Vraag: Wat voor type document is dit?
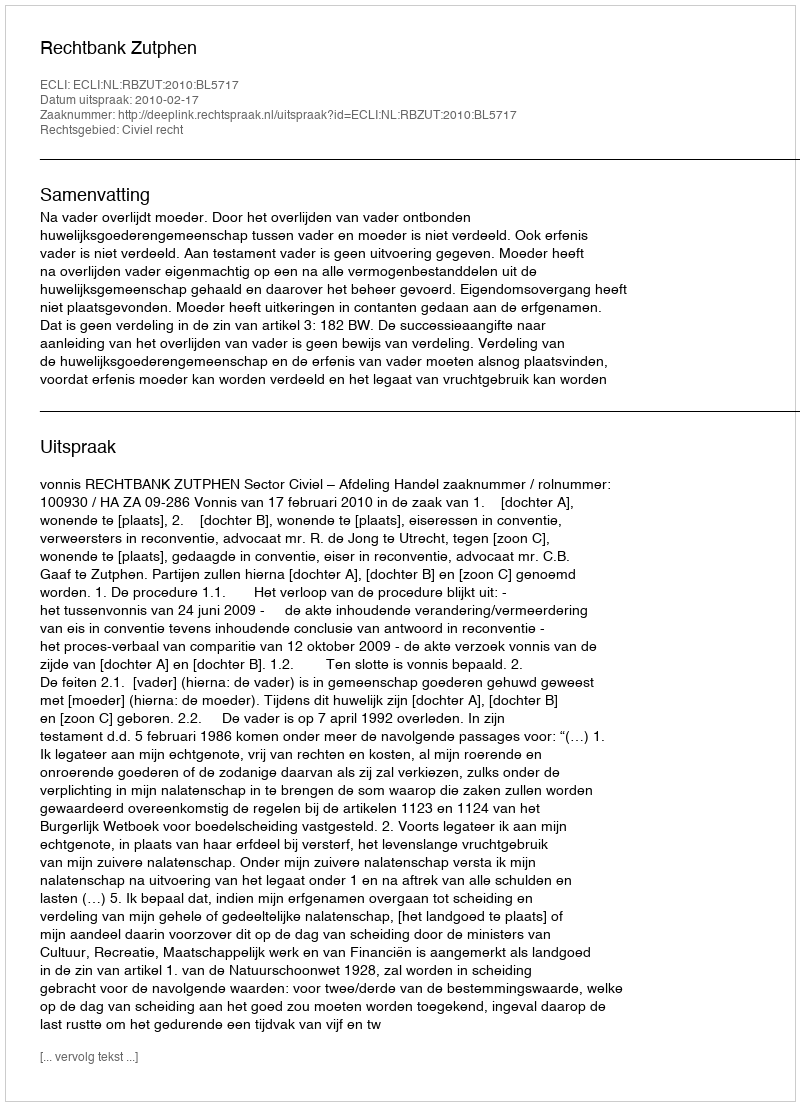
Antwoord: Uitspraak